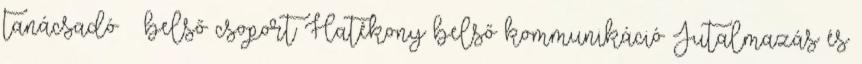
tanácsadó belső csoport Hatékony belső kommunikáció Jutalmazás és